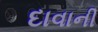
દાવાની